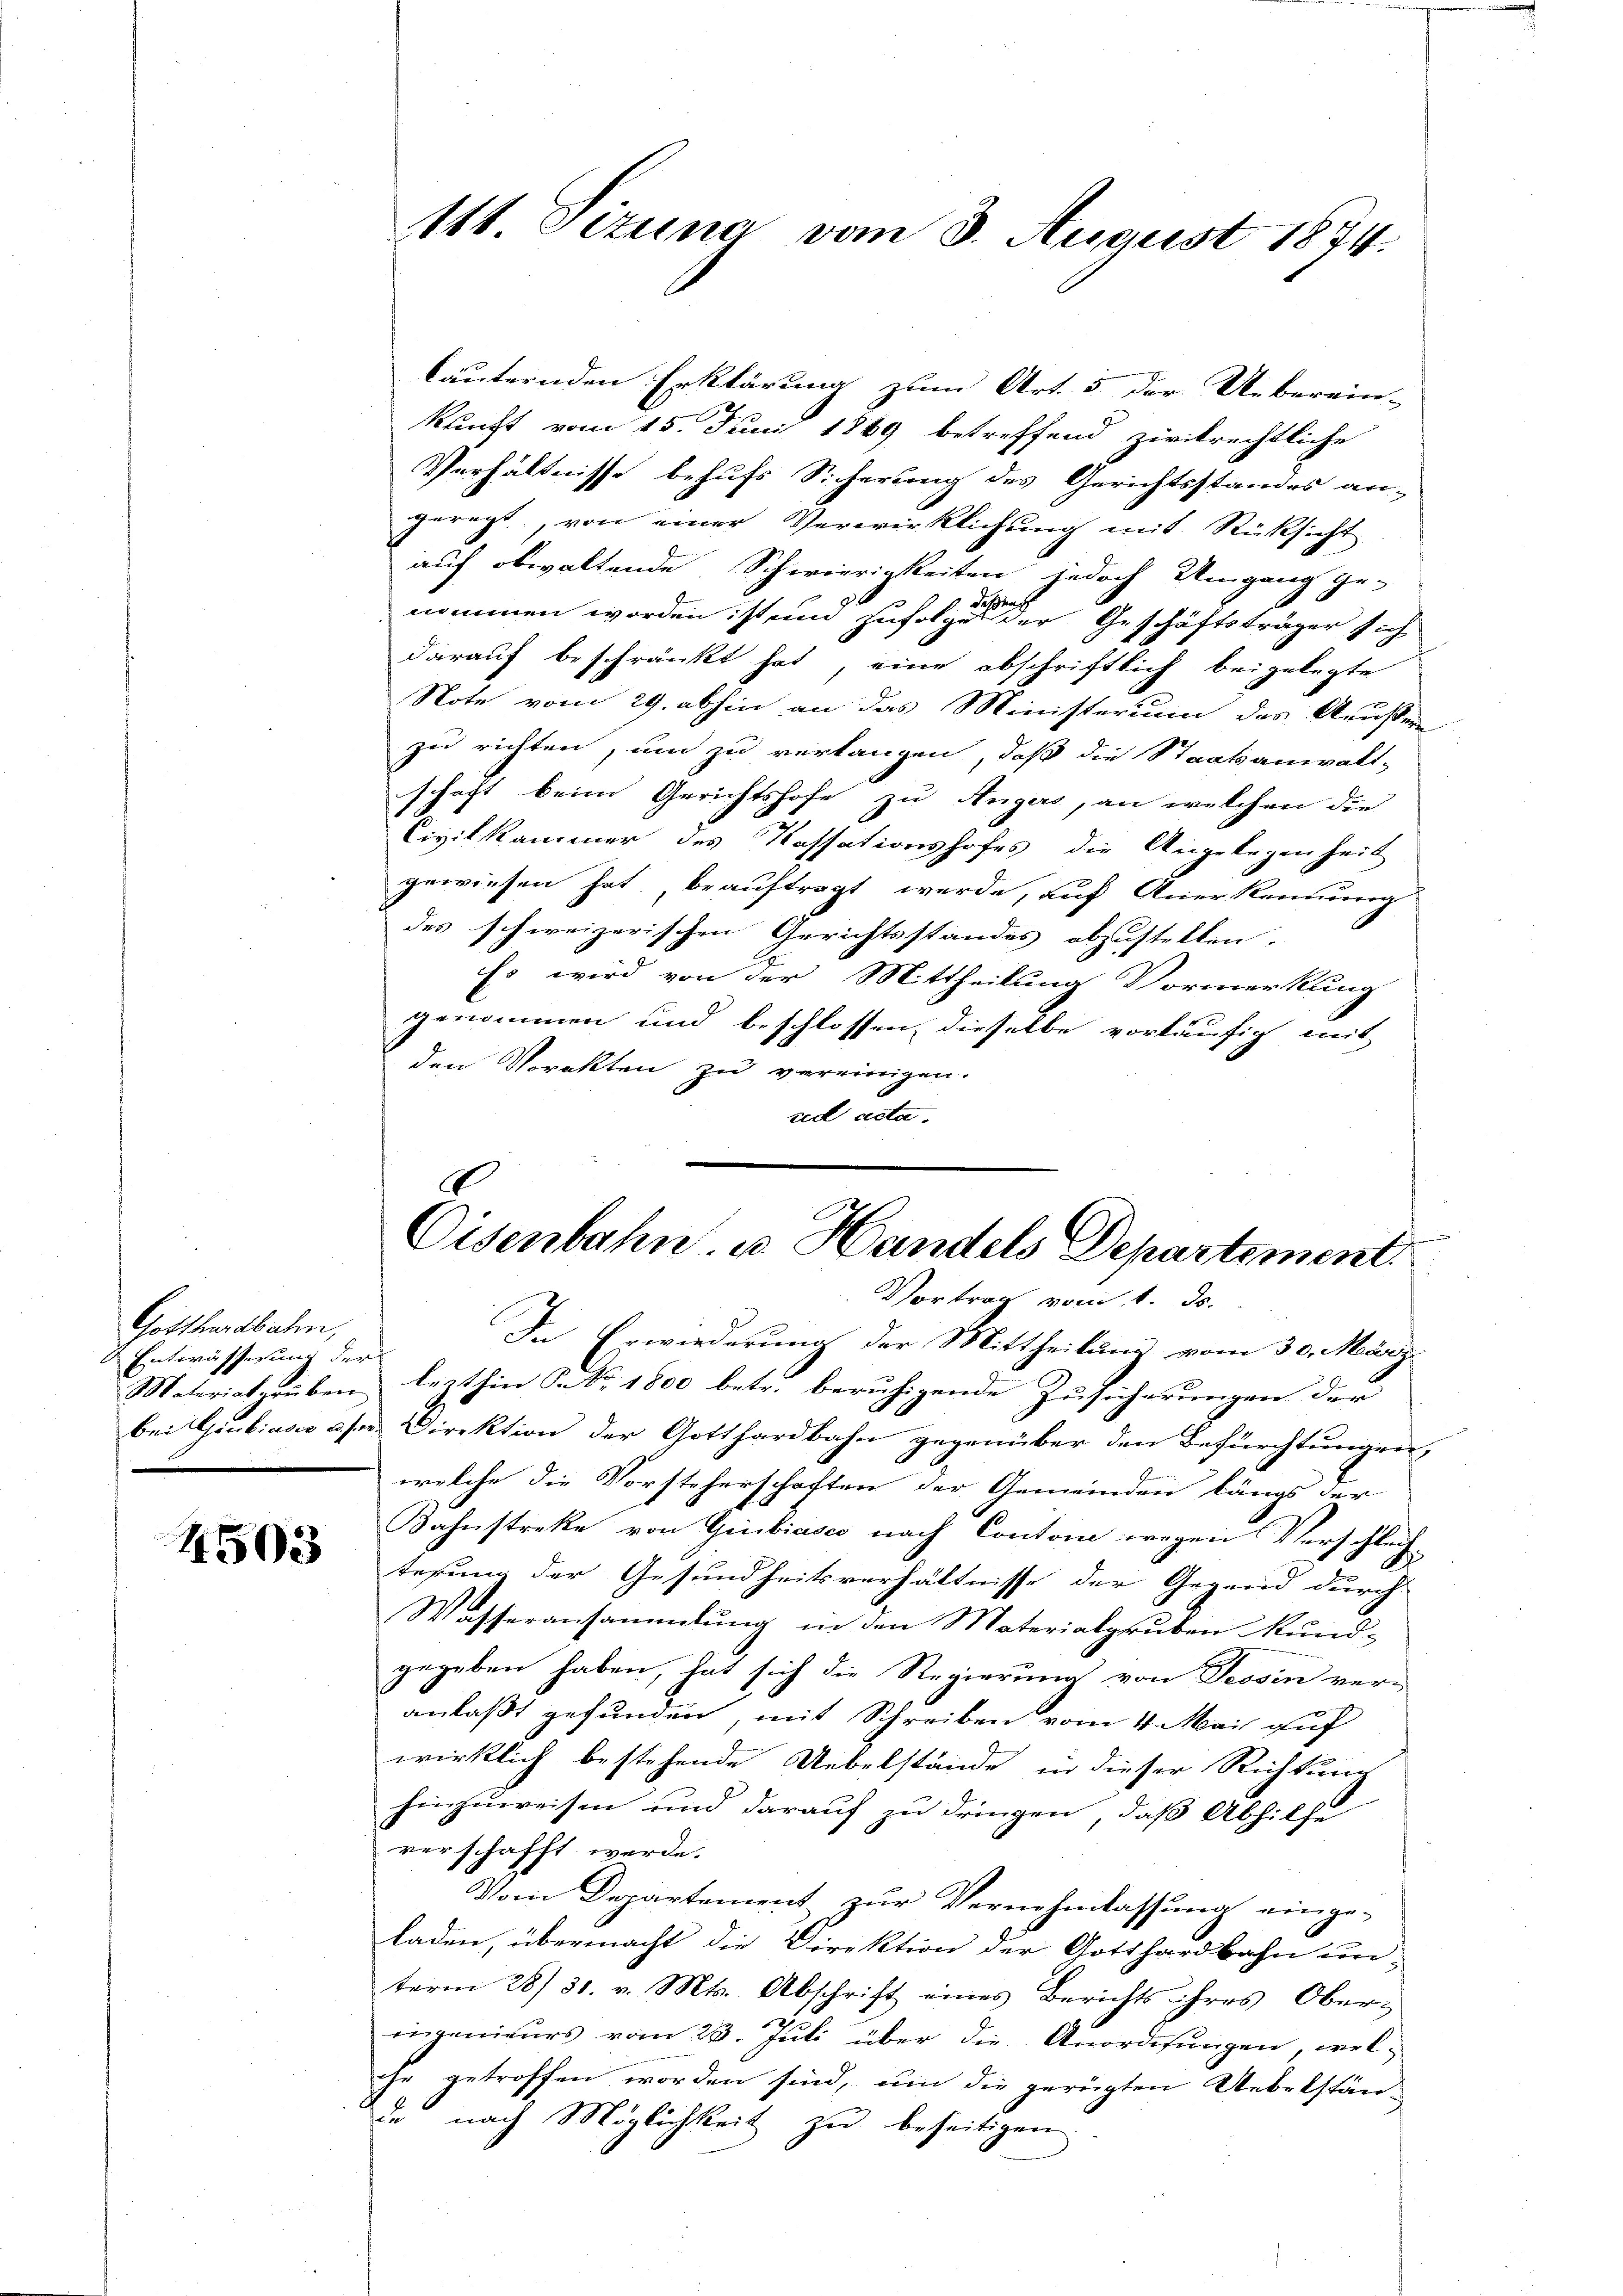
Gotthardbahn,
Entwässesung der

4503

111. Sizung vom 3. August 1874.

läuternden Erklärung zum Art. 5 der Ueberein-
kunft vom 15. Juni 1869 betreffend zirkrechtliche
Verhältnisse behufs Sicherung des Gerichtsstandes an-
geregt, von einer Verwirklichung mit Rüksicht
auf obwaltende Schwierigkeiten jedoch Umgang ge-
nommen worden ist und zufolge der Geschäftsträger sich
darauf beschränkt hat, eine abschriftlich beigelegte
Note vom 29. abhin an das Ministerium des Aussere
zu richten, um zu verlangen, daß die Staatsanwalt-
schaft beim Gerichtshofe zu Angers, an welchen die
Civilkammer des Kassationshofes die Angelegenheit
gewiesen hat, beauftragt werde, auf Anerkennung
des schweizerischen Gerichtsstandes abzustellen.
Es wird von der Mittheilung Vormerkung
genommen und beschlossen, dieselbe vorläufig mit
den Vorakten zu vereinigen.
red acta.
t
In Erwiederung der Mittheilung vom 30. März.
Materialgrŭben lezthin P. Nr. 1800 betr. berŭhigende Zŭsicherŭngen der
bei Grubiasca u. s. Direktion der Gotthardbahn gegenüber den Befürchtungen,
welche die Vorsteherschaften der Gemeinden längs der
Kahnstreke von Giubiasco nach Contone wegen Verschlech-
tesung der Gesundheitsverhältnisse der Gegend durch
Wasseransammlung in den Materialgruben Rund-
gegeben haben, hat sich die Regierung von Tessin veranlaßt gefunden, mit Schreiben vom 4. Mai auf
wirklich bestehende Uebelstände in dieser Richtung
hinzuweisen und darauf zu dringen, daß Abhilfe
verschafft werde.
Vom Departement zur Vernehmlassung einge-
laden, übermacht die Direktion der Gotthardbahn un
term 28/ 31. v. Mts. Abschrift eines Berichts ihres Ober-
iingenieurs vom 23. Juli über die Anordnungen, welhe getroffen worden sind, um die gerügten Uebelstän-
de nach Möglichkeit zu beseitigen

.
Eisenbahn. u. Handels Departement.
Vortrag vom 1. ds.